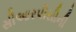
સીઆરપીસીની